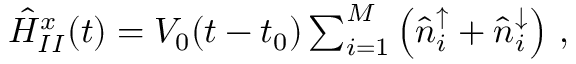
\begin{array} { r } { \hat { H } _ { I I } ^ { x } ( t ) = V _ { 0 } ( t - t _ { 0 } ) \sum _ { i = 1 } ^ { M } \left( \hat { n } _ { i } ^ { \uparrow } + \hat { n } _ { i } ^ { \downarrow } \right) \, , } \end{array}